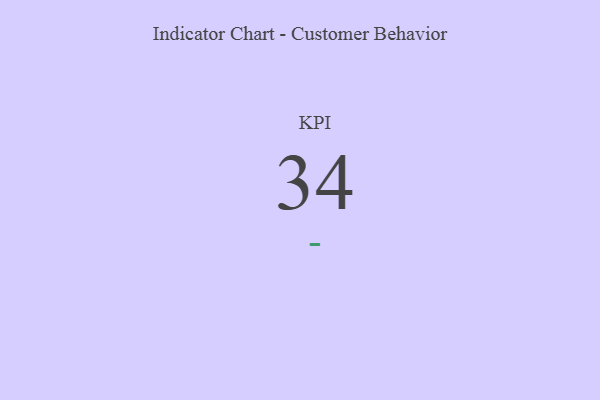
{"axis": {"x": "KPI", "y": "Value"}, "legend": [""], "data": [{"x": "KPI", "y": 34, "type": ""}]}